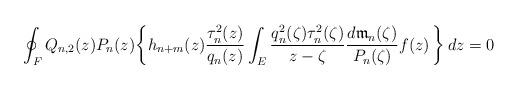
LaTeX: \begin{align*}\oint_{F}Q_{n,2}(z)P_n(z)\biggl\{h_{n+m}(z)\frac{\tau_n^2(z)}{q_{n}(z)}\int_E\frac{q_{n}^2(\zeta)\tau_n^2(\zeta)}{z-\zeta}\frac{d{\mathfrak m}_n(\zeta)}{P_n(\zeta)} f(z)\,\biggr\}\,dz=0\end{align*}